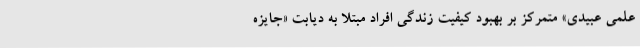
علمی عبیدی» متمرکز بر بهبود کیفیت زندگی افراد مبتلا به دیابت «جایزه